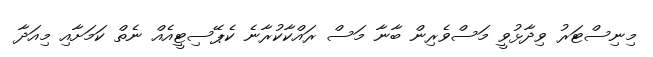
މިނިސްޓަރު ވިދާޅުވީ މަސްވެރިން ބާނާ މަސް ރައްކާކުރާނެ ކެޕޭސިޓީއެއް ނެތް ކަމަށާއި މިއަދާ